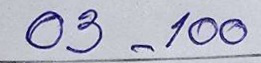
03 - 100